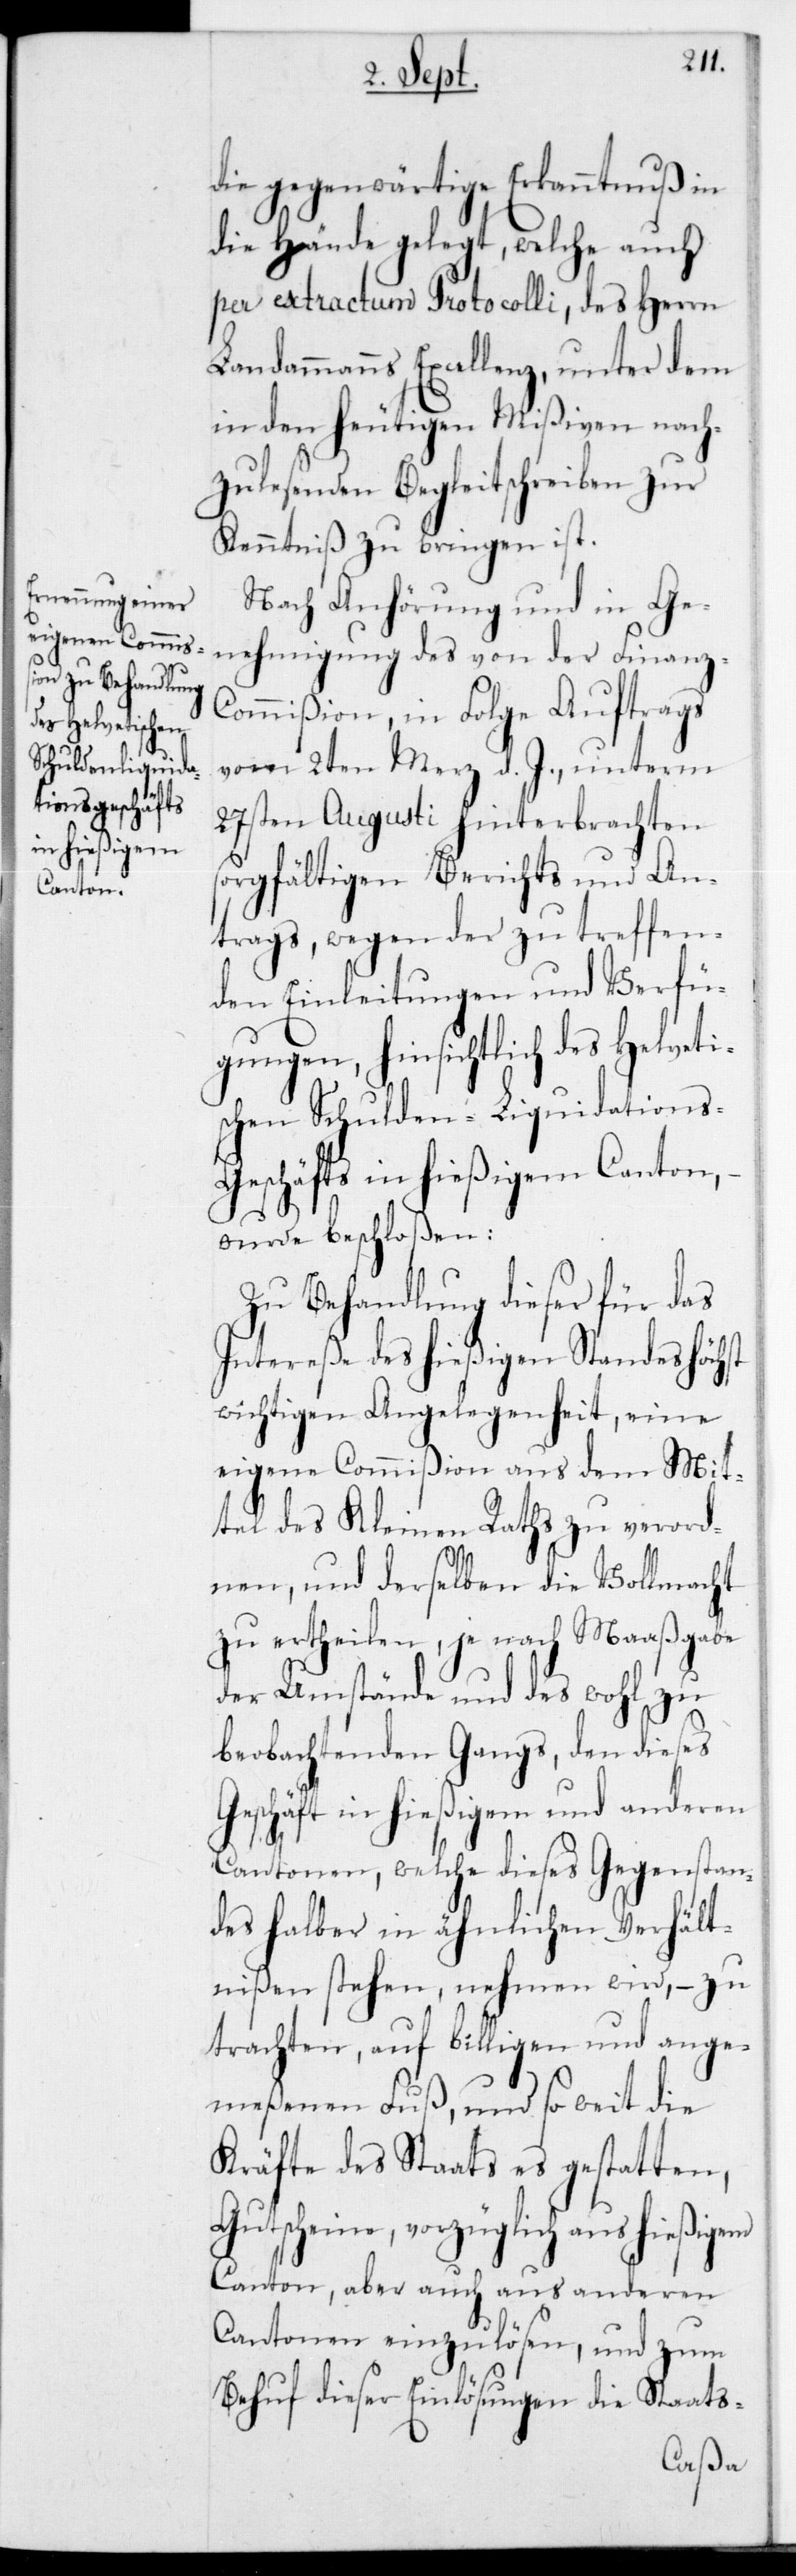
die gegenwärtige Erkanntnuß in
die Hände gelegt, welche auch
per extractum Protocolli, des Herrn
Landammanns Excellenz, unter dem
in den heutigen Mißiven nach¬
zulesenden Begleitschreiben zur
Kenntniß zu bringen ist.
Nach Anhörung und in Ge¬
nehmigung des von der Finanz-C¬
ommißion, in Folge Auftrags
vom 2ten März d. J., unterm
27sten Augusti hinterbrachten
sorgfältigen Berichts und An¬
trags, wegen der zu treffen¬
den Einleitungen und Verfü¬
gungen, hinsichtlich des helveti¬
schen Schulden-Liquidations-G¬
eschäfts in hießigem Canton,
wurde beschloßen:
Zu Behandlung dieser für das
Intereße des hießigenStandes höchst
wichtigen Angelegenheit, eine
eigene Commißion aus dem Mit¬
tel des Kleinen Raths zu verord¬
nen, und derselben die Vollmacht
zu ertheilen, je nach Maaßgabe
der Umstände und des wohl zu
beobachtenden Gangs, den dieses
Geschäft in hießigem und anderen
Cantonen, welche dieses Gegenstan¬
des halber in ähnlichen Verhält¬
nißen stehen, nehmen wird, – zu
trachten, auf billigen und ange¬
meßenen Fuß, und so weit die
Kräfte des Staats es gestatten,
Gutscheine, vorzüglich aus hießigem
Canton, aber auch aus anderen
Cantonen einzulösen, und zum
Behuf dieser Einlösungen die Staats-